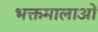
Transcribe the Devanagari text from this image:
भक्तमालाओं